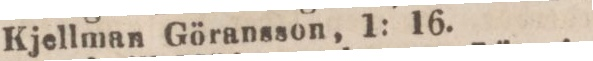
Kjellman Göransson, 1: 16.